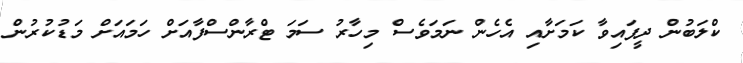
ކްލަބުން ދީފައިވާ ކަމަށާއި އެހެން ނަމަވެސް މިހާރު ސަމަ ޓްރާންސްފާއަށް ހަމައަށް މަޑުކުރުން